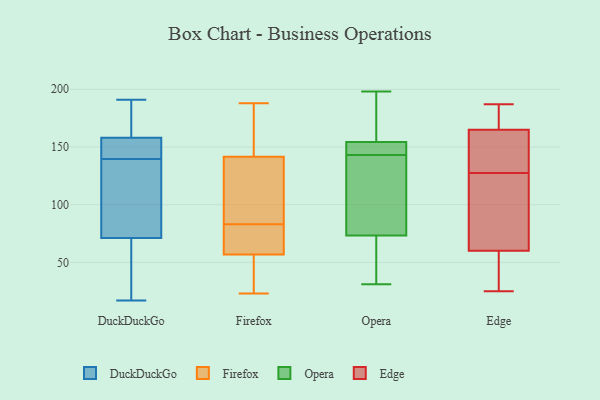
{"axis": {"x": "Headcount", "y": "Value"}, "legend": ["DuckDuckGo", "Edge", "Firefox", "Opera"], "data": [{"x": "", "y": 116, "type": "DuckDuckGo"}, {"x": "", "y": 17, "type": "DuckDuckGo"}, {"x": "", "y": 191, "type": "DuckDuckGo"}, {"x": "", "y": 157, "type": "DuckDuckGo"}, {"x": "", "y": 144, "type": "DuckDuckGo"}, {"x": "", "y": 178, "type": "DuckDuckGo"}, {"x": "", "y": 153, "type": "DuckDuckGo"}, {"x": "", "y": 178, "type": "DuckDuckGo"}, {"x": "", "y": 45, "type": "DuckDuckGo"}, {"x": "", "y": 158, "type": "DuckDuckGo"}, {"x": "", "y": 71, "type": "DuckDuckGo"}, {"x": "", "y": 44, "type": "DuckDuckGo"}, {"x": "", "y": 135, "type": "DuckDuckGo"}, {"x": "", "y": 104, "type": "DuckDuckGo"}, {"x": "", "y": 23, "type": "Firefox"}, {"x": "", "y": 146, "type": "Firefox"}, {"x": "", "y": 186, "type": "Firefox"}, {"x": "", "y": 84, "type": "Firefox"}, {"x": "", "y": 69, "type": "Firefox"}, {"x": "", "y": 62, "type": "Firefox"}, {"x": "", "y": 121, "type": "Firefox"}, {"x": "", "y": 188, "type": "Firefox"}, {"x": "", "y": 55, "type": "Firefox"}, {"x": "", "y": 28, "type": "Firefox"}, {"x": "", "y": 66, "type": "Firefox"}, {"x": "", "y": 83, "type": "Firefox"}, {"x": "", "y": 128, "type": "Firefox"}, {"x": "", "y": 180, "type": "Firefox"}, {"x": "", "y": 25, "type": "Firefox"}, {"x": "", "y": 37, "type": "Opera"}, {"x": "", "y": 76, "type": "Opera"}, {"x": "", "y": 150, "type": "Opera"}, {"x": "", "y": 197, "type": "Opera"}, {"x": "", "y": 65, "type": "Opera"}, {"x": "", "y": 31, "type": "Opera"}, {"x": "", "y": 148, "type": "Opera"}, {"x": "", "y": 167, "type": "Opera"}, {"x": "", "y": 146, "type": "Opera"}, {"x": "", "y": 87, "type": "Opera"}, {"x": "", "y": 131, "type": "Opera"}, {"x": "", "y": 143, "type": "Opera"}, {"x": "", "y": 198, "type": "Opera"}, {"x": "", "y": 142, "type": "Edge"}, {"x": "", "y": 25, "type": "Edge"}, {"x": "", "y": 187, "type": "Edge"}, {"x": "", "y": 136, "type": "Edge"}, {"x": "", "y": 51, "type": "Edge"}, {"x": "", "y": 53, "type": "Edge"}, {"x": "", "y": 67, "type": "Edge"}, {"x": "", "y": 119, "type": "Edge"}, {"x": "", "y": 104, "type": "Edge"}, {"x": "", "y": 43, "type": "Edge"}, {"x": "", "y": 171, "type": "Edge"}, {"x": "", "y": 181, "type": "Edge"}, {"x": "", "y": 115, "type": "Edge"}, {"x": "", "y": 175, "type": "Edge"}, {"x": "", "y": 145, "type": "Edge"}, {"x": "", "y": 159, "type": "Edge"}, {"x": "", "y": 26, "type": "Edge"}, {"x": "", "y": 144, "type": "Edge"}, {"x": "", "y": 177, "type": "Edge"}, {"x": "", "y": 118, "type": "Edge"}]}